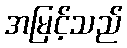
အမြင့်သည်